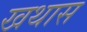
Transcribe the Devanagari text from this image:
खथास